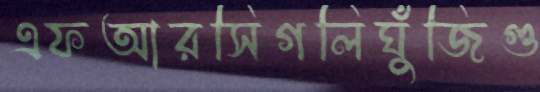
এফআরসিগলিঘুঁজিগু